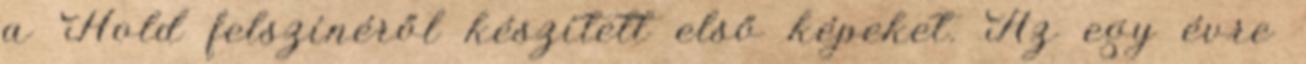
a Hold felszínéről készített első képeket. Az egy évre